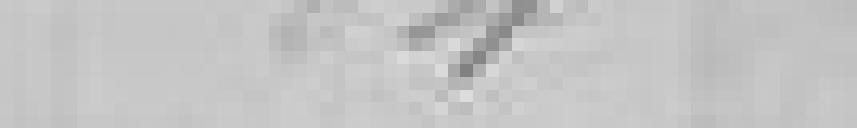
84